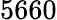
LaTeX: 5660